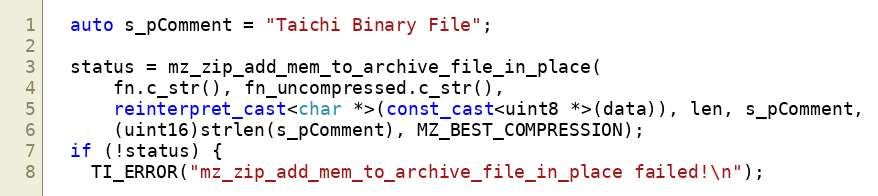
Language: C++
  auto s_pComment = "Taichi Binary File";

  status = mz_zip_add_mem_to_archive_file_in_place(
      fn.c_str(), fn_uncompressed.c_str(),
      reinterpret_cast<char *>(const_cast<uint8 *>(data)), len, s_pComment,
      (uint16)strlen(s_pComment), MZ_BEST_COMPRESSION);
  if (!status) {
    TI_ERROR("mz_zip_add_mem_to_archive_file_in_place failed!\n");